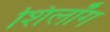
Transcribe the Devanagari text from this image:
शिलॉँग